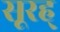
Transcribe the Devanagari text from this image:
सूरह्